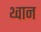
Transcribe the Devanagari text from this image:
थ्वान